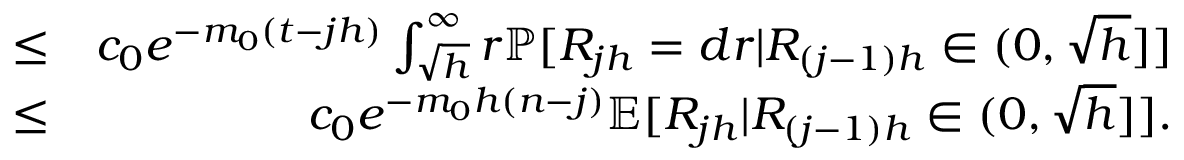
\begin{array} { r l r } & { \le } & { c _ { 0 } e ^ { - m _ { 0 } ( t - j h ) } \int _ { \sqrt { h } } ^ { \infty } r \mathbb { P } [ R _ { j h } = d r | R _ { ( j - 1 ) h } \in ( 0 , \sqrt { h } ] ] } \\ & { \le } & { c _ { 0 } e ^ { - m _ { 0 } h ( n - j ) } \mathbb { E } [ R _ { j h } | R _ { ( j - 1 ) h } \in ( 0 , \sqrt { h } ] ] . } \end{array}